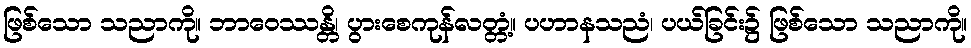
ဖြစ်သော သညာကို။ ဘာဝေဿန္တိ၊ ပွားစေကုန်လတ္တံ့။ ပဟာနသညံ၊ ပယ်ခြင်း၌ ဖြစ်သော သညာကို။